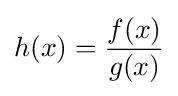
h(x)={\frac {f(x)}{g(x)}}